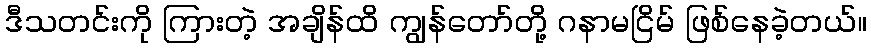
ဒီသတင်းကို ကြားတဲ့ အချိန်ထိ ကျွန်တော်တို့ ဂနာမငြိမ် ဖြစ်နေခဲ့တယ်။